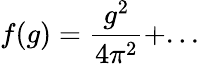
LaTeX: f(g)=\frac{g^{2}}{4\pi^{2}}+...